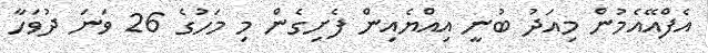
އެފްއޭއެމުން މިއަދު ބުނީ އިއްޔެއިން ފެށިގެން މި މަހުގެ 26 ވަނަ ދުވަހާ